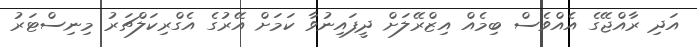
އަދި ރާއްޖޭގެ އެއްވެސް ބިމެއް އިޒްރޭލަށް ދީފައިނުވާ ކަމަށް އޭރުގެ އެގްރިކަލްޗަރު މިނިސްޓަރު